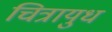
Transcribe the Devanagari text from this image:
चित्रायुध